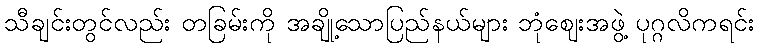
သီချင်းတွင်လည်း တခြမ်းကို အချို့သောပြည်နယ်များ ဘုံဈေးအဖွဲ့ ပုဂ္ဂလိကရင်း